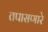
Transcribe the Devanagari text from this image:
तपासणारे